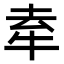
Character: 𤙏